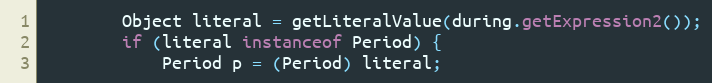
Language: Java
		Object literal = getLiteralValue(during.getExpression2());
		if (literal instanceof Period) {
			Period p = (Period) literal;